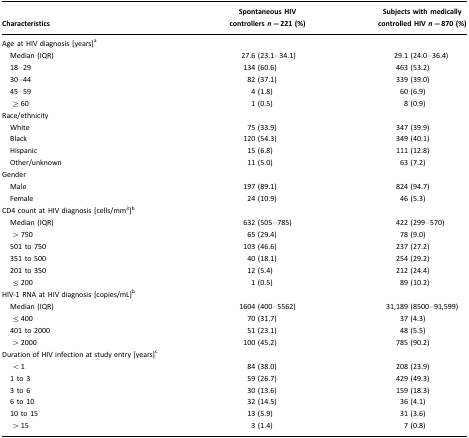
<table><thead><tr><td><b>Characteristics</b></td><td><b>Spontaneous HIV controllers <i>n</i>=221 (%)</b></td><td><b>Subjects with medically controlled HIV <i>n</i>=870 (%)</b></td></tr></thead><tbody><tr><td>Age at HIV diagnosis [years]a</td><td></td><td></td></tr><tr><td> Median (IQR)</td><td>27.6 (23.1–34.1)</td><td>29.1 (24.0–36.4)</td></tr><tr><td> 18–29</td><td>134 (60.6)</td><td>463 (53.2)</td></tr><tr><td> 30–44</td><td>82 (37.1)</td><td>339 (39.0)</td></tr><tr><td> 45–59</td><td>4 (1.8)</td><td>60 (6.9)</td></tr><tr><td>≥ 60</td><td>1 (0.5)</td><td>8 (0.9)</td></tr><tr><td>Race/ethnicity</td><td></td><td></td></tr><tr><td> White</td><td>75 (33.9)</td><td>347 (39.9)</td></tr><tr><td> Black</td><td>120 (54.3)</td><td>349 (40.1)</td></tr><tr><td> Hispanic</td><td>15 (6.8)</td><td>111 (12.8)</td></tr><tr><td> Other/unknown</td><td>11 (5.0)</td><td>63 (7.2)</td></tr><tr><td>Gender</td><td></td><td></td></tr><tr><td> Male</td><td>197 (89.1)</td><td>824 (94.7)</td></tr><tr><td> Female</td><td>24 (10.9)</td><td>46 (5.3)</td></tr><tr><td>CD4 count at HIV diagnosis [cells/mm<sup>3</sup>]b</td><td></td><td></td></tr><tr><td> Median (IQR)</td><td>632 (505–785)</td><td>422 (299–570)</td></tr><tr><td>&gt; 750</td><td>65 (29.4)</td><td>78 (9.0)</td></tr><tr><td> 501 to 750</td><td>103 (46.6)</td><td>237 (27.2)</td></tr><tr><td> 351 to 500</td><td>40 (18.1)</td><td>254 (29.2)</td></tr><tr><td> 201 to 350</td><td>12 (5.4)</td><td>212 (24.4)</td></tr><tr><td>≤ 200</td><td>1 (0.5)</td><td>89 (10.2)</td></tr><tr><td>HIV-1 RNA at HIV diagnosis [copies/mL]b</td><td></td><td></td></tr><tr><td> Median (IQR)</td><td>1604 (400–5562)</td><td>31,189 (8500–91,599)</td></tr><tr><td>≤ 400</td><td>70 (31.7)</td><td>37 (4.3)</td></tr><tr><td> 401 to 2000</td><td>51 (23.1)</td><td>48 (5.5)</td></tr><tr><td>&gt; 2000</td><td>100 (45.2)</td><td>785 (90.2)</td></tr><tr><td>Duration of HIV infection at study entry [years]c</td><td></td><td></td></tr><tr><td>&lt; 1</td><td>84 (38.0)</td><td>208 (23.9)</td></tr><tr><td> 1 to 3</td><td>59 (26.7)</td><td>429 (49.3)</td></tr><tr><td> 3 to 6</td><td>30 (13.6)</td><td>159 (18.3)</td></tr><tr><td> 6 to 10</td><td>32 (14.5)</td><td>36 (4.1)</td></tr><tr><td> 10 to 15</td><td>13 (5.9)</td><td>31 (3.6)</td></tr><tr><td>&gt; 15</td><td>3 (1.4)</td><td>7 (0.8)</td></tr></tbody></table>